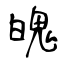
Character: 魄